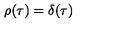
\rho ( \tau ) = \delta ( \tau )